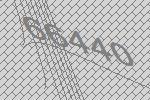
66440